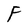
Character: F